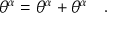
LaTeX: \theta ^ { \alpha } = \theta ^ { \alpha } + \theta ^ { \alpha } \quad .